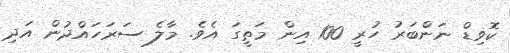
ކޮވިޑް ނަންބަރު ހުރީ 100 އިން މަތީގަ އެވެ. މާލެ ސަރަހައްދުން އަދި